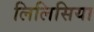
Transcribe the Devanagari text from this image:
लिलिसिया